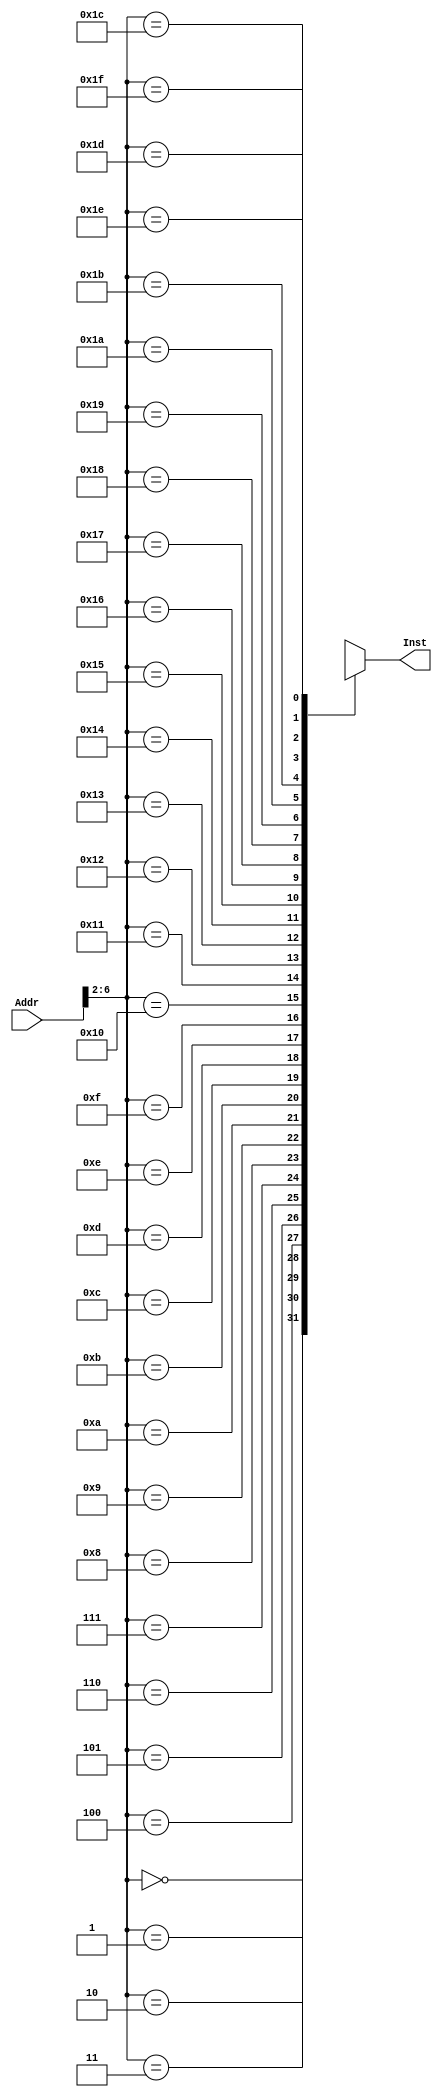
module INSTMEM(Addr, Inst);
    input [31:0] Addr;
    output [31:0] Inst;
    wire [31:0] Rom [31:0];
    //CPU
//    assign Rom[5'h00] = 32'b100011_00000_00001_00000_000000_01100;//$1=3
//    assign Rom[5'h01] = 32'b100011_00000_00010_00000_000000_01000;//$2=2
//    assign Rom[5'h02] = 32'b000000_00001_00010_00011_000001_00000;//$3=$1+$2=5
//    assign Rom[5'h03] = 32'b000000_00001_00010_00100_000001_00010;//$4=$1-$2=1
//    assign Rom[5'h04] = 32'b000000_00011_00010_00101_000001_00100;//$5=$2&$3=0
//    assign Rom[5'h05] = 32'b000000_00011_00010_00110_000001_00101;//$6=$2|$3=7  
//    assign Rom[5'h06] = 32'b001100_00011_00111_0000000000000010;//$7=$3&2=0
//    assign Rom[5'h07] = 32'b001101_00011_01000_0000000000000010;//$8=$3|2=7
//    assign Rom[5'h08] = 32'b001000_00110_01001_0000000000000010;//$9=$6+2=9
//    assign Rom[5'h09] = 32'b100011_01001_01010_0000000000001000;//$10=$9+1000=100.01=4
//    assign Rom[5'h0A] = 32'b000100_00110_01000_0000000000000001;//$6$8
//    assign Rom[5'h0B] = 32'b100011_00000_01011_00000_000000_00100;//$11=1
//    assign Rom[5'h0C] = 32'b100011_00000_01100_00000_000000_00100;//$12=1
//    assign Rom[5'h0D] = 32'b000101_00010_00001_0000000000000001;//$1$2
//    assign Rom[5'h0E] = 32'b100011_00000_01101_00000_000000_00100;//$13=1
//    assign Rom[5'h0F] = 32'b100011_00000_01110_00000_000000_00100;//$14=1
//    assign Rom[5'h10] = 32'b000010_00000_00000_00000_000000_01110;//;
//    assign Rom[5'h12] = 32'hXXXXXXXX;
//    assign Rom[5'h14] = 32'hXXXXXXXX;
//    assign Rom[5'h15] = 32'hXXXXXXXX;
//    assign Rom[5'h16] = 32'hXXXXXXXX;
//    assign Rom[5'h17] = 32'hXXXXXXXX;
//    assign Rom[5'h18] = 32'hXXXXXXXX;
//    assign Rom[5'h19] = 32'hXXXXXXXX;
//    assign Rom[5'h1A] = 32'hXXXXXXXX;
//    assign Rom[5'h1B] = 32'hXXXXXXXX;
//    assign Rom[5'h1C] = 32'hXXXXXXXX;
//    assign Rom[5'h1D] = 32'hXXXXXXXX;
//    assign Rom[5'h1E] = 32'hXXXXXXXX;
//    assign Rom[5'h1F] = 32'hXXXXXXXX;
    
    assign Inst = Rom [Addr[6:2]];
endmodule